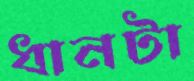
ধানটা